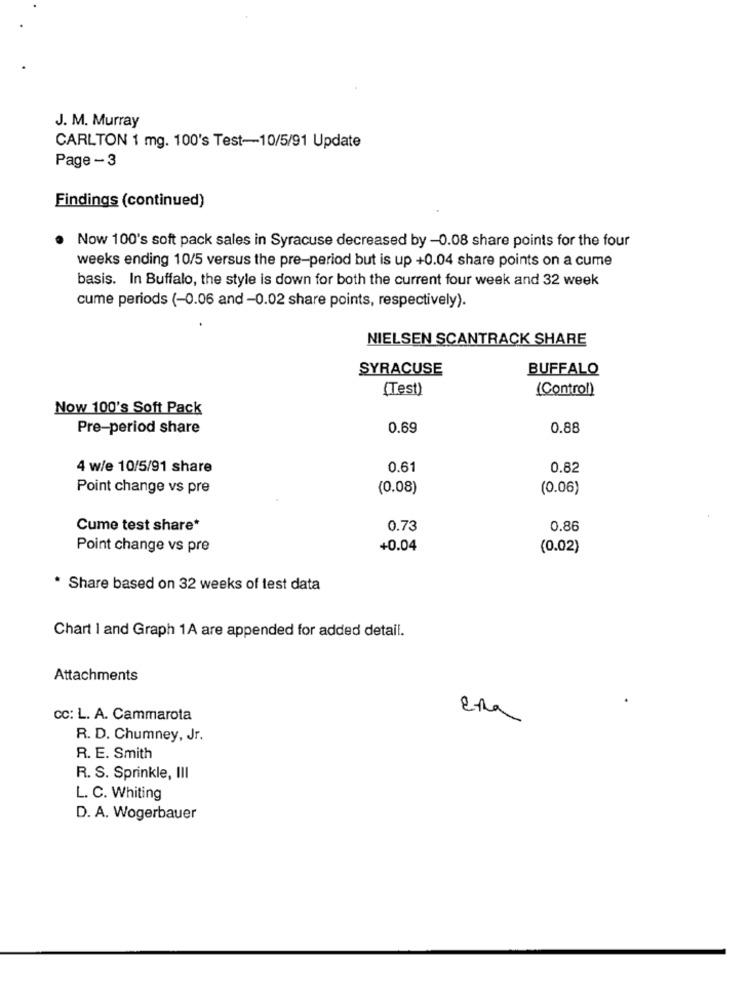
J. M. Murray
CARLTON 1 mg. 100's Test-10/5/91 Update
Page - 3
Findings (continued)
Now 100's soft pack sales in Syracuse decreased by -0.08 share points for the four
weeks ending 10/5 versus the pre-period but is up +0.04 share points on a cume
basis. In Buffalo, the style is down for both the current four week and 32 week
cume periods (-0.06 and -0.02 share points, respectively).
NIELSEN SCANTRACK SHARE
SYRACUSE
BUFFALO
(Test)
(Control)
Now 100's Soft Pack
Pre-period share
0.69
0.88
4 w/e 10/5/91 share
0.61
0.82
Point change vs pre
(0.08)
(0.06)
Cume test share*
0.73
0.86
Point change vs pre
+0.04
(0.02)
* Share based on 32 weeks of test data
Chart I and Graph 1A are appended for added detail.
Attachments
cc: L. A. Cammarota
E-na
R. D. Chumney, Jr.
R. E. Smith
R. S. Sprinkle, III
L. C. Whiting
D. A. Wogerbauer